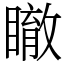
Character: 瞮